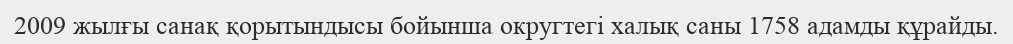
2009 жылғы санақ қорытындысы бойынша округтегі халық саны 1758 адамды құрайды.